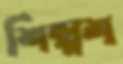
শিল্পশ